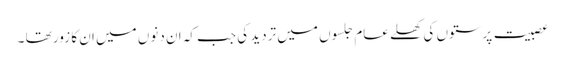
عصبیت پرستوں کی کھلے عام جلسوں میں تردید کی جب کہ ان دنوں میں ان کا زور تھا ۔